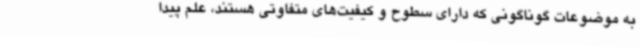
به موضوعات گوناگونی که دارای سطوح و کیفیت‌های متفاوتی هستند، علم پیدا